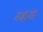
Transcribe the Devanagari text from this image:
नव्‍हत्‍या